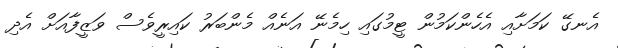
އެނގޭ ކަމަށާއި އެހެންކަމުން ޓީމުގައި ހިމެނޭ އަނެއް މެންބަރު ކައިރީވެސް ވަޒީފާއަށް އެދި